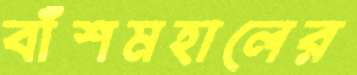
বাঁশমহালের